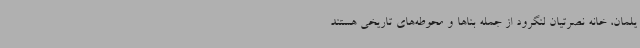
یلمان، خانه نصرتیان لنگرود از جمله بناها و محوطه‌های تاریخی‌ هستند